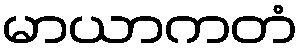
မာယာကတံ